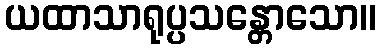
ယထာသာရုပ္ပသန္တောသော။